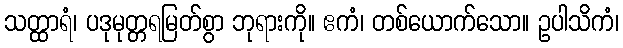
သတ္ထာရံ၊ ပဒုမုတ္တရမြတ်စွာ ဘုရားကို။ ဧကံ၊ တစ်ယောက်သော။ ဥပါသိကံ၊